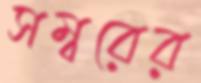
সম্বরের